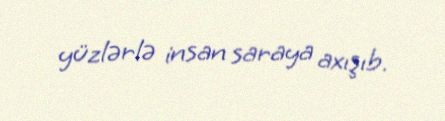
yüzlərlə insan saraya axışıb.